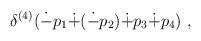
LaTeX: \begin{align*}\delta^{(4)}(\dot{-}p_1 \dot{+}(\dot{-}p_2)\dot{+}p_3\dot{+}p_4)~,\end{align*}